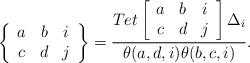
LaTeX: \begin{align*}\left\{ \begin{array}{ccc}a & b & i \\c & d & j \\\end{array} \right\} = \frac{Tet\left[ \begin{array}{ccc}a & b & i \\c & d & j \\\end{array} \right] \Delta_i}{\theta (a,d,i) \theta (b,c,i)}.\end{align*}